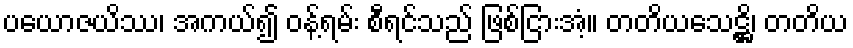
ပယောဇယိဿ၊ အကယ်၍ ဝန့်ရမ်း စီရင်သည် ဖြစ်ငြားအံ့။ တတိယသေဋ္ဌိ၊ တတိယ